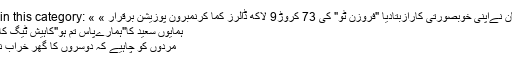
More in this category: « ماہرہ خان نےاپنی خوبصورتی کارازبتادیا "فروزن ٹو" کی 73 کروڑ9 لاکھ ڈالرز کما کرنمبرون پوزیشن برقرار »
ہمایوں سعید کا"ہمارےپاس تم ہو"کاہیش ٹیگ کااستعمال
مردوں کو چاہیے کہ دوسروں کا گھر خراب نہ کریں۔